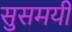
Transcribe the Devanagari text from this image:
सुसमयी